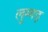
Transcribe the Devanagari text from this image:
लुग्गड़